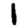
Digit: 1